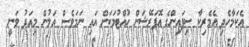
އެކަމާހެދި އެމެރިކާ ސިފައިންގެ އޮޕަރޭޝަން ހުއްޓުމަކަށް އައި ނަމަވެސް އަލުން މިއަދު ވަނީ